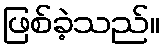
ဖြစ်ခဲ့သည်။